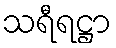
သရီရဋ္ဌာ